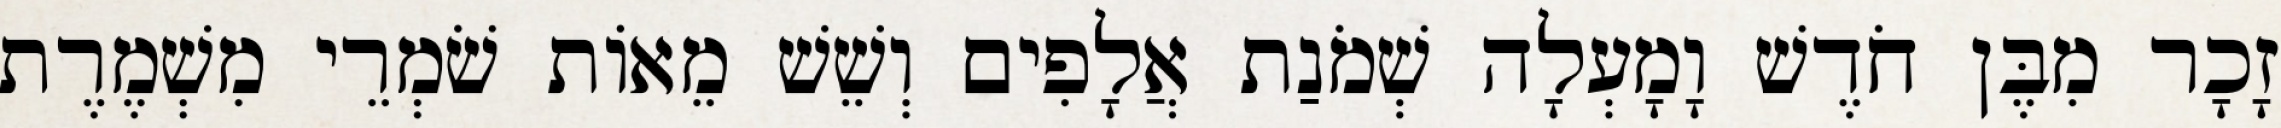
זָכָר מִבֶּן חֹדֶשׁ וָמָעְלָה שְׁמֹנַת אֲלָפִים וְשֵׁשׁ מֵאוֹת שֹׁמְרֵי מִשְׁמֶרֶת